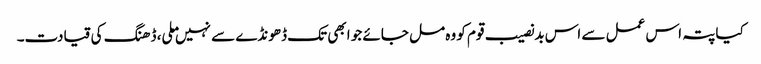
کیا پتہ اس عمل سے اس بدنصیب قوم کو وہ مل جائے جو ابھی تک ڈھونڈے سے نہیں ملی، ڈھنگ کی قیادت۔